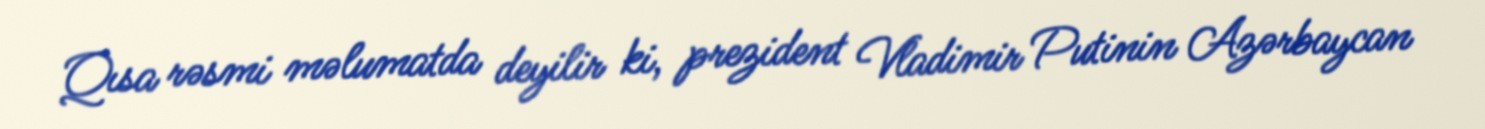
Qısa rəsmi məlumatda deyilir ki, prezident Vladimir Putinin Azərbaycan